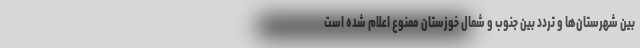
بین شهرستان‌ها و تردد بین جنوب و شمال خوزستان ممنوع اعلام شده است